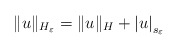
\begin{align*}\|u\|_{H_\varepsilon}=\|u\|_{H}+\left|u\right|_{s_{\varepsilon}}\end{align*}